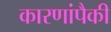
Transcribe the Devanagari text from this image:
कारणांपैकी